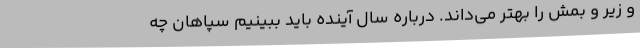
و زیر و بمش را بهتر می‌داند. درباره سال آینده باید ببینیم سپاهان چه